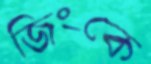
জিংকে